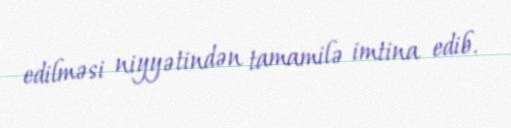
edilməsi niyyətindən tamamilə imtina edib.